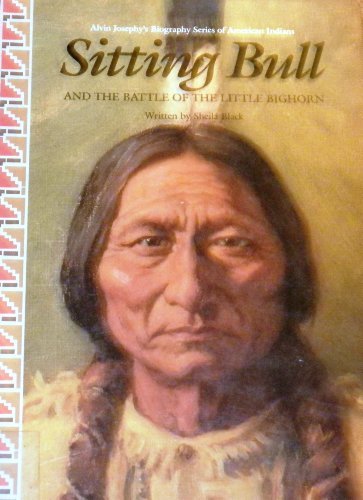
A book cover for Sitting Bull and the Battle of the Little Bighorn (Alvin Josephy's Biography Series of American Indians); Sheila Black; Teen & Young Adult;